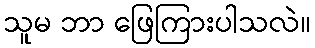
သူမ ဘာ ဖြေကြားပါသလဲ။